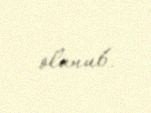
olunub.